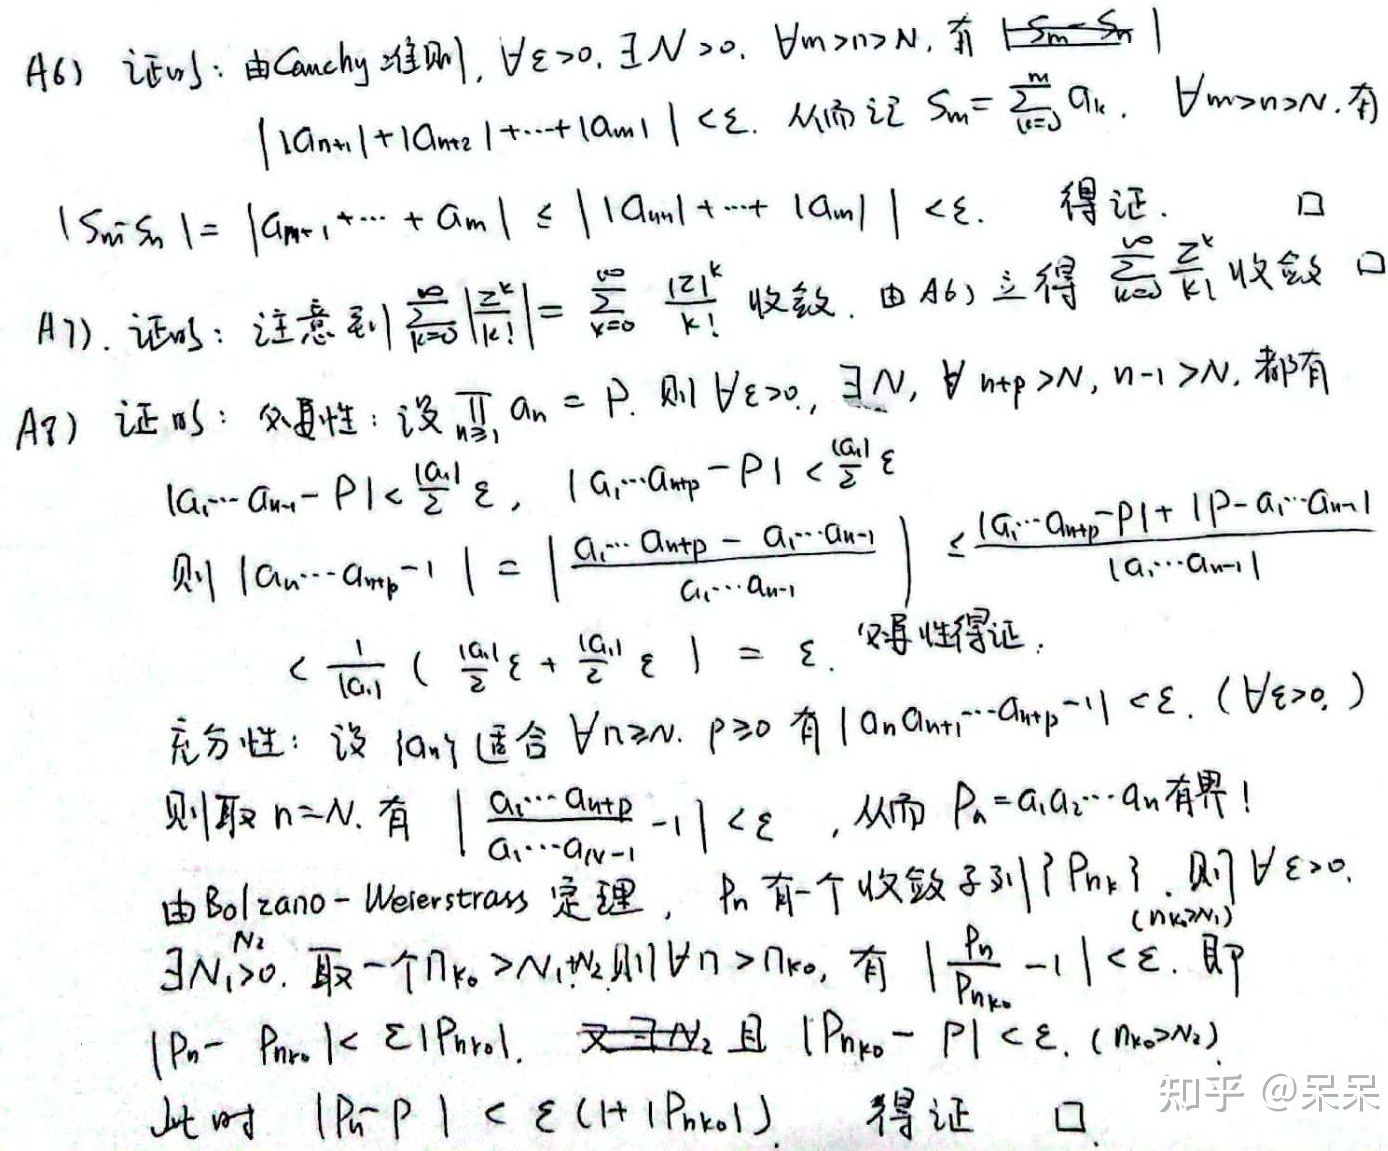
A6) 证明：由Cauchy准则，$\forall \varepsilon>0,\exists N > 0,\forall m>n>N$，有$|S_m - S_n|$
$|a_{n + 1}|+|a_{n + 2}|+\cdots+|a_m|<\varepsilon$. 从而记$S_m=\sum_{k = 0}^{m}a_k$，$\forall m>n>N$，有
$|S_m - S_n|=|a_{n+1}+\cdots + a_m|\leq| |a_{n+1}|+\cdots + |a_m||<\varepsilon$. 得证. $\square$
A7). 证明：注意到$\sum_{k = 0}^{\infty}\frac{|z^k|}{|k!|}=\sum_{k = 0}^{\infty}\frac{|z|^k}{k!}$收敛. 由A6) 立得$\sum_{k = 0}^{\infty}\frac{z^k}{k!}$收敛. $\square$
A8) 证明：必要性：设$\prod_{n = 1}^{\infty}a_n = P$. 则$\forall \varepsilon>0,\exists N,\forall n + p>N,n-1>N$，都有
$|a_1\cdots a_{n-1}-P|<\frac{|a_1|}{2}\varepsilon$，$|a_1\cdots a_{n + p}-P|<\frac{|a_1|}{2}\varepsilon$
则$|a_n\cdots a_{n + p}-1|=\left|\frac{a_1\cdots a_{n + p}-a_1\cdots a_{n-1}}{a_1\cdots a_{n-1}}\right|\leq\frac{|a_1\cdots a_{n + p}-P|+|P - a_1\cdots a_{n-1}|}{|a_1\cdots a_{n-1}|}$
$<\frac{1}{|a_1|}(\frac{|a_1|}{2}\varepsilon+\frac{|a_1|}{2}\varepsilon)=\varepsilon$. 必要性得证.
充分性：设$\{a_n\}$适合$\forall n\geq N,p\geq0$有$|a_na_{n + 1}\cdots a_{n + p}-1|<\varepsilon.(\forall \varepsilon>0)$
则取$n = N$，有$\left|\frac{a_1\cdots a_{n + p}}{a_1\cdots a_{N-1}}-1\right|<\varepsilon$，从而$P_n=a_1a_2\cdots a_n$有界！
由Bolzano - Weierstrass定理，$P_n$有一个收敛子列$\{P_{n_k}\}$. 则$\forall \varepsilon>0$
$\exists N_1>0$. 取一个$n_{k_0}>N_1$.则$\forall n>n_{k_0}$，有$\left|\frac{P_n}{P_{n_{k_0}}}-1\right|<\varepsilon$. 即
$|P_n - P_{n_{k_0}}|<\varepsilon|P_{n_{k_0}}|$. 又$\exists N_2$且$|P_{n_{k_0}}-P|<\varepsilon,(n_{k_0}>N_2)$
此时$|P_n - P|<\varepsilon(1 + |P_{n_{k_0}}|)$. 得证. $\square$